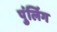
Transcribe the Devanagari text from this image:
पुंर्लिग